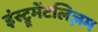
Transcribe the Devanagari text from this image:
इंस्ट्रूमेंटलिज़म